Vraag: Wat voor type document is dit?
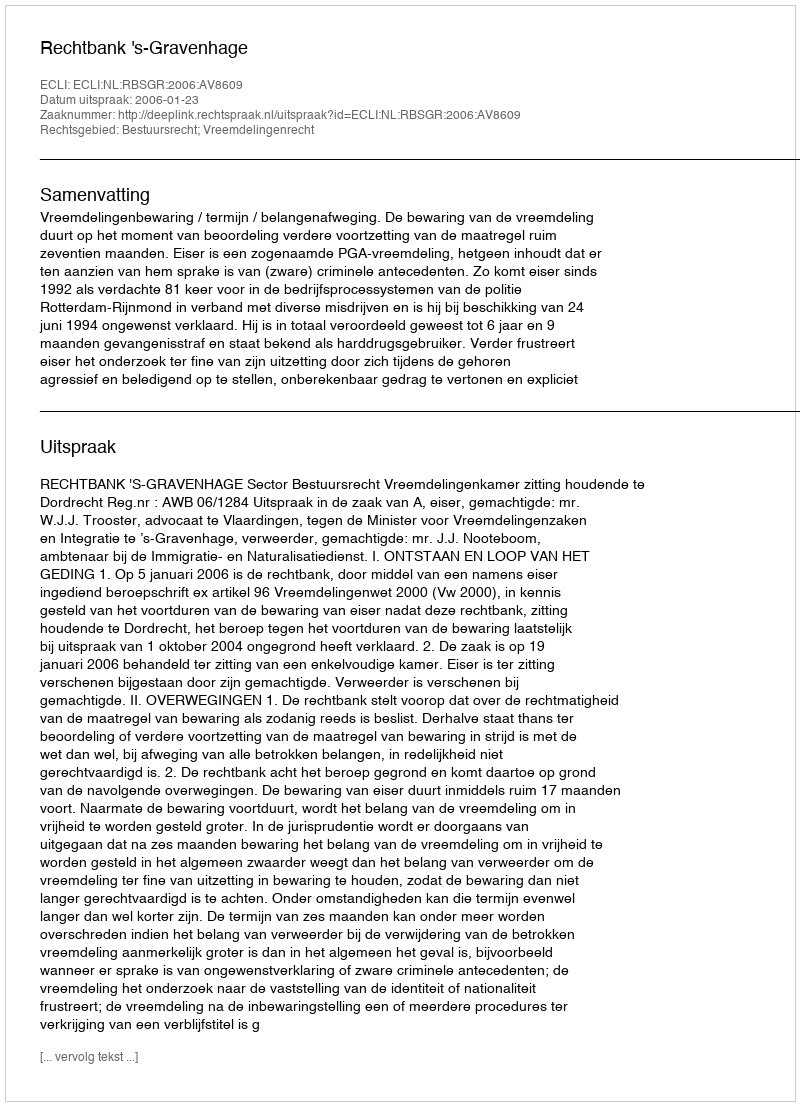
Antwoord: Uitspraak